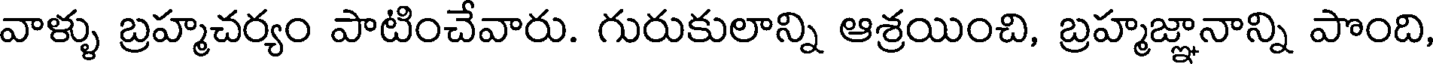
వాళ్ళు బ్రహ్మచర్యం పాటించేవారు. గురుకులాన్ని ఆశ్రయించి, బ్రహ్మజ్ఞానాన్ని పొంది